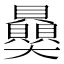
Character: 𧹈